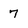
Character: 7